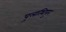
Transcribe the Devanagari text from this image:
पुलत्थिपुर